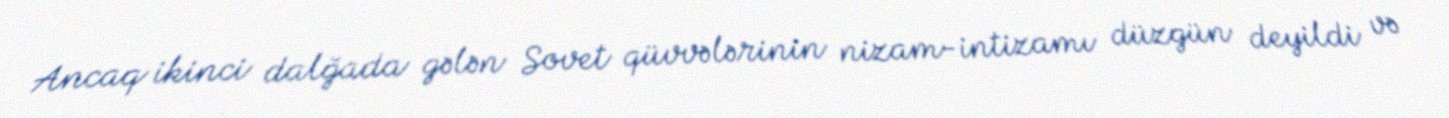
Ancaq ikinci dalğada gələn Sovet qüvvələrinin nizam-intizamı düzgün deyildi və